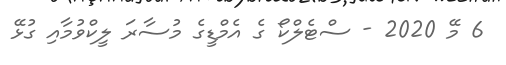
6 މޭ 2020 - ސްޓެލްކޯ ގެ އެމްޑީގެ މުސާރަ ލީކްވުމާއި ގުޅޭ